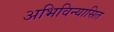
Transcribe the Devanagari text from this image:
अभिविन्यासित